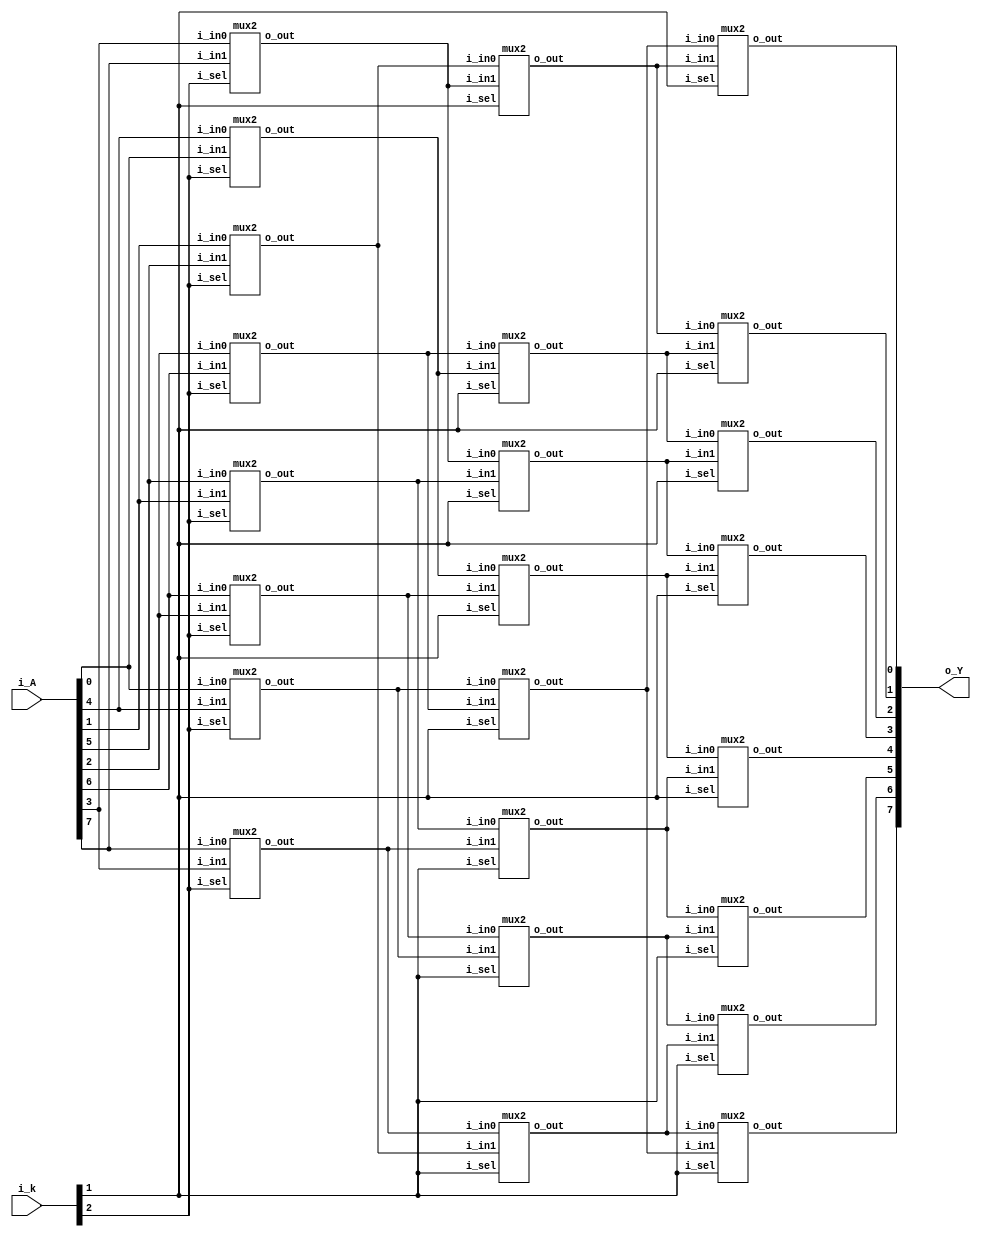
// ==================================================
//	[ ZARAM OJT. ]
//	* Author		: Seok Jin Son (sonsj98@zaram.com)
//	* Filename		: barrel_shifter.v
//	* Date			: 2024-06-28 18:08:45
//	* Description	:
// ==================================================

module barrel_shifter 
(
	output	[7:0]	o_Y,
	input 	[7:0]	i_A,
	input	[2:0]	i_k
);
	
	wire	[7:0]	w_rotate_4;
	wire	[7:0] 	w_rotate_2;


//	mux2
//	u_mux2(
//	.o_out				(w_rotate_4[0]		),	//0,1,2,3 4,5,6,7   i
//	.i_sel				(i_k[2]				),	//fix 2
//	.i_in0				(i_A[0]				),	//0,1,2,3 4,5,6,7  	i
//	.i_in1				(i_A[4]				) 	//4,5,6,7 0,1,2,3   i+4 i-4
//	);

	genvar i, j, k;
	generate
		for (i=0; i<4; i=i+1) begin : rotate4_mux_1
			mux2
			u_mux2(
			.o_out				(w_rotate_4[i]		),	
			.i_sel				(i_k[2]				),	
			.i_in0				(i_A[i]				),	
			.i_in1				(i_A[i+4]			) 	
			);
		end

		for (i=4; i<8; i=i+1) begin : rotate4_mux_2
			mux2
			u_mux2(
			.o_out				(w_rotate_4[i]		),	
			.i_sel				(i_k[2]				),	
			.i_in0				(i_A[i]				),	
			.i_in1				(i_A[i-4]			) 	
			);
		end

//	mux2
//	u_mux2(
//	.o_out				(w_rotate_2[0]		),	//0,1,2,3 4,5,6,7   i
//	.i_sel				(i_k[1]				),	//fix 1
//	.i_in0				(w_rotate_4[0]		),	//0,1,2,3,4,5 6,7  	i
//	.i_in1				(w_rotate_4[2]		) 	//2,3,4,5,6,7 0,1   i+2 i-6
//	);

		for (j=0; j<6; j=j+1) begin : rotate2_mux_1
			mux2
			u_mux2(
			.o_out				(w_rotate_2[j]		),	
			.i_sel				(i_k[1]				),	
			.i_in0				(w_rotate_4[j]		),	
			.i_in1				(w_rotate_4[j+2]	) 	
			);
		end

		for (j=6; j<8; j=j+1) begin : rotate2_mux_2
			mux2
			u_mux2(
			.o_out				(w_rotate_2[j]		),	
			.i_sel				(i_k[1]				),	
			.i_in0				(w_rotate_4[j]		),	
			.i_in1				(w_rotate_4[j-6]	) 	
			);		
		end

//	mux2
//	u_mux2(
//	.o_out				(o_Y[0]				),	//0,1,2,3 4,5,6,7   i
//	.i_sel				(i_k[0]				),	//fix 0
//	.i_in0				(w_rotate_2[0]		),	//0,1,2,3,4,5,6 7  	i
//	.i_in1				(w_rotate_2[1]		) 	//1,2,3,4,5,6,7 0   i+1 i-7
//	);

		for (k=0; k<7; k=k+1) begin : rotate1_mux_1
			mux2
			u_mux2(
			.o_out				(o_Y[k]				),	
			.i_sel				(i_k[1]				),	
			.i_in0				(w_rotate_2[k]		),	
			.i_in1				(w_rotate_2[k+1]	) 	
			);
		end


		for (k=7; k<8; k=k+1) begin : rotate1_mux_2
			mux2
			u_mux2(
			.o_out				(o_Y[k]				),	
			.i_sel				(i_k[1]				),	
			.i_in0				(w_rotate_2[k]		),	
			.i_in1				(w_rotate_2[k-7]	) 	
			);
		end
	endgenerate

endmodule


module mux2 
(
	output	reg	o_out,
	input		i_sel,
	input		i_in0,
	input		i_in1
);

	always @ (*) begin
		case(i_sel)
			0:			o_out = i_in0;
			1:			o_out = i_in1;
			default:	o_out = i_in1;
		endcase
	end

endmodule